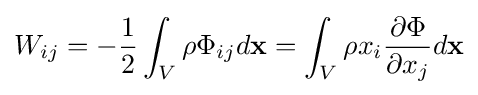
W_{ij}=-{\frac {1}{2}}\int _{V}\rho \Phi _{ij}d\mathbf {x} =\int _{V}\rho x_{i}{\frac {\partial \Phi }{\partial x_{j}}}d\mathbf {x}